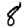
Digit: 8